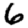
Digit: 6